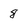
Character: 8